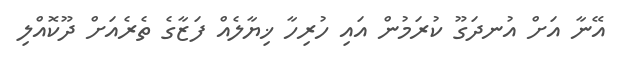
އޭނާ އަށް އުނދަގޫ ކުރަމުން އައި ހުރިހާ ޚިޔާލެއް ފަޒާގެ ތެރެއަށް ދޫކޮއްލި